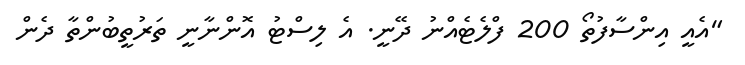
"އެއީ އިންސާފުތޯ 200 ފްލެޓެއްނު ދޭނީ. އެ ލިސްޓުު އޮންނާނީ ތަރުތީބުންތާ ދެން